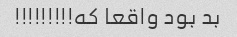
بد بود واقعا که!!!!!!!!!